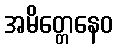
အမိတ္တေနေဝ